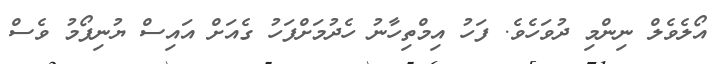
އޯލެވެލް ނިންމި ދުވަހެވެ. ފަހު އިމްތިހާނު ހެދުމަށްފަހު ގެއަށް އައިސް ޔުނިފޯމު ވެސް